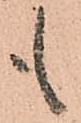
も